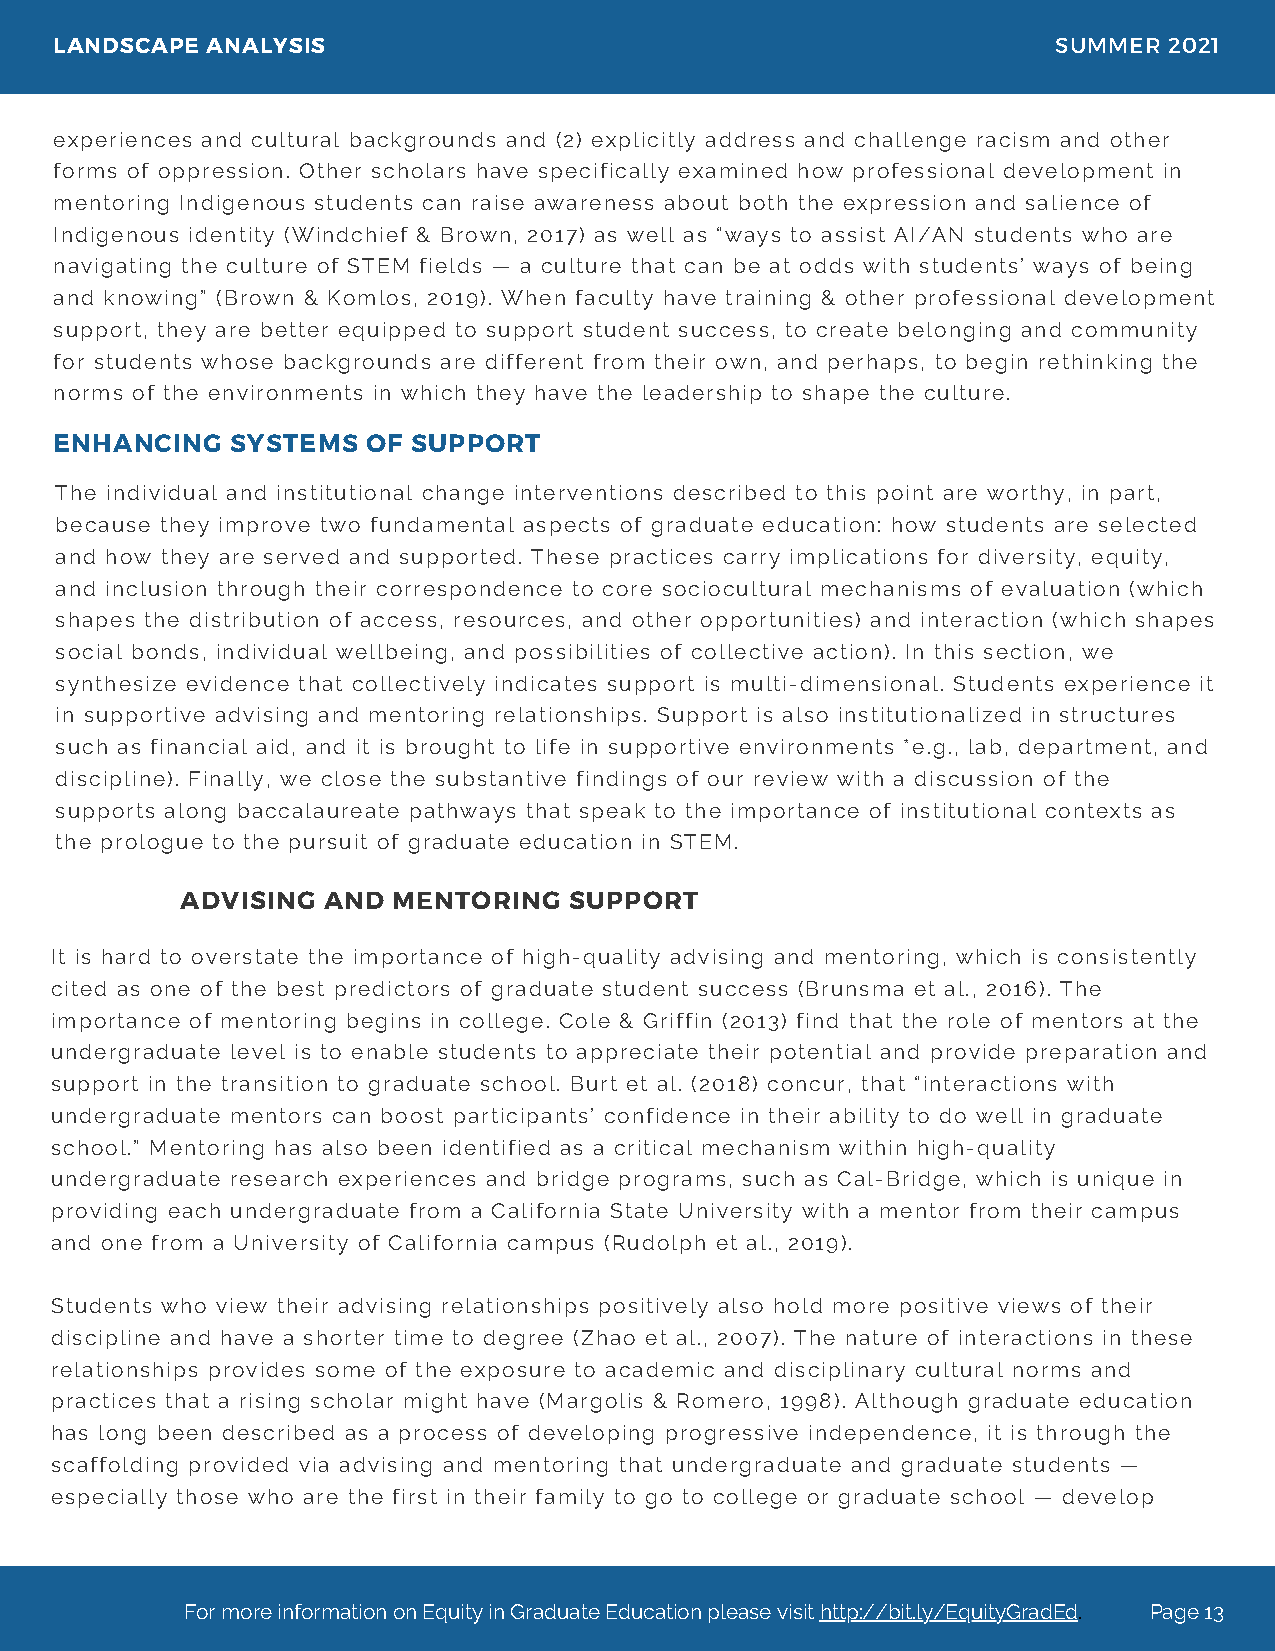
LANDSCAPE ANALYSIS                                                SUMMER 2021
 experiences and cultural backgrounds and (2) explicitly address and challenge racism and other
 forms of oppression. Other scholars have specifically examined how professional development in
 mentoring Indigenous students can raise awareness about both the expression and salience of
 Indigenous identity (Windchief & Brown, 2017) as well as “ways to assist AI/AN students who are
 navigating the culture of STEM fields — a culture that can be at odds with students’ ways of being
 and knowing” (Brown & Komlos, 2019). When faculty have training & other professional development
 support, they are better equipped to support student success, to create belonging and community
 for students whose backgrounds are different from their own, and perhaps, to begin rethinking the
 norms of the environments in which they have the leadership to shape the culture.
 ENHANCING  SYSTEMS  OF SUPPORT
 The individual and institutional change interventions described to this point are worthy, in part,
 because they improve two fundamental aspects of graduate education: how students are selected
 and how they are served and supported. These practices carry implications for diversity, equity,
 and inclusion through their correspondence to core sociocultural mechanisms of evaluation (which
 shapes the distribution of access, resources, and other opportunities) and interaction (which shapes
 social bonds, individual wellbeing, and possibilities of collective action). In this section, we
 synthesize evidence that collectively indicates support is multi-dimensional. Students experience it
 in supportive advising and mentoring relationships. Support is also institutionalized in structures
 such as financial aid, and it is brought to life in supportive environments *e.g., lab, department, and
 discipline). Finally, we close the substantive findings of our review with a discussion of the
 supports along baccalaureate pathways that speak to the importance of institutional contexts as
 the prologue to the pursuit of graduate education in STEM.
 ADVISING AND  MENTORING   SUPPORT
 It is hard to overstate the importance of high-quality advising and mentoring, which is consistently
 cited as one of the best predictors of graduate student success (Brunsma et al., 2016). The
 importance of mentoring begins in college. Cole & Griffin (2013) find that the role of mentors at the
 undergraduate level is to enable students to appreciate their potential and provide preparation and
 support in the transition to graduate school. Burt et al. (2018) concur, that “interactions with
 undergraduate mentors can boost participants’ confidence in their ability to do well in graduate
 school.” Mentoring has also been identified as a critical mechanism within high-quality
 undergraduate research experiences and bridge programs, such as Cal-Bridge, which is unique in
 providing each undergraduate from a California State University with a mentor from their campus
 and one from a University of California campus (Rudolph et al., 2019).
 Students who view their advising relationships positively also hold more positive views of their
 discipline and have a shorter time to degree (Zhao et al., 2007). The nature of interactions in these
 relationships provides some of the exposure to academic and disciplinary cultural norms and
 practices that a rising scholar might have (Margolis & Romero, 1998). Although graduate education
 has long been described as a process of developing progressive independence, it is through the
 scaffolding provided via advising and mentoring that undergraduate and graduate students —
 especially those who are the first in their family to go to college or graduate school — develop
 For more information on Equity in Graduate Education please visit http://bit.ly/EquityGradEd. Page 13